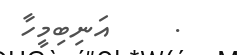
.     އަނިބިމީހާ